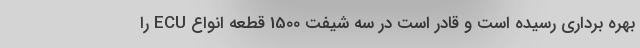
بهره برداری رسیده است و قادر است در سه شیفت 1500 قطعه انواع ECU را